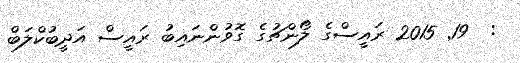
:  19